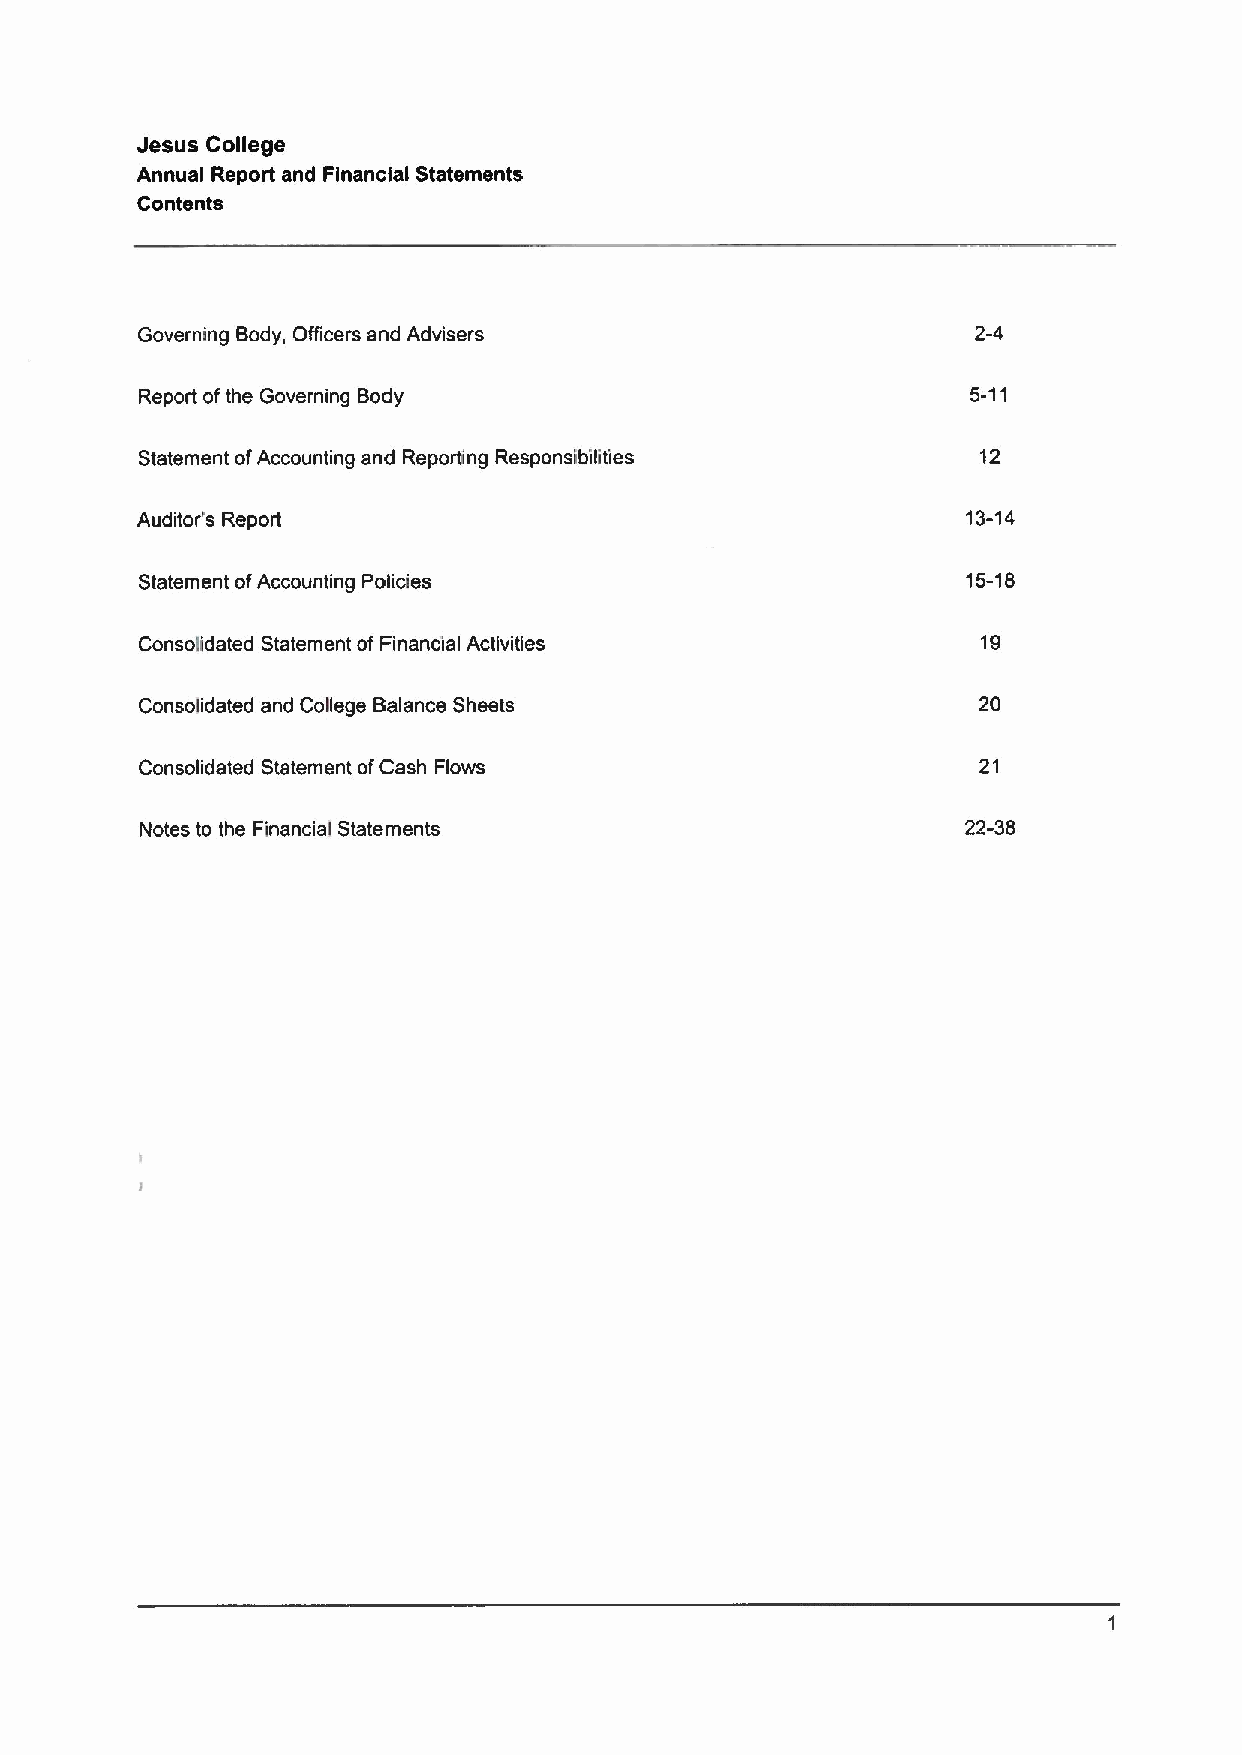
Jesus College
 Annual Report and Financial Statements
 Contents
 Governing Body, Officers and Advisers                   2-4
 Report ofthe Governing Body                            5-11
 Statement ofAccounting and Reporting Responsibilities   12
 Auditor's Report                                       13-14
 Statement ofAccounting Policies                        15-18
 Consolidated Statement of Financial Activities          19
 Consolidated and College Balance Sheets                 20
 Consolidated Statement ofCash Flows                     21
 Notes to the Financial Statements                      22-38